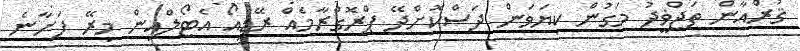
ޤުރްއާން ތަޖްޥީދު މަގުން ކިޔަވަން ދަސްކޮށްދޭ ޕްރޮގްރާމެއް ރޭޑިއޯ އެޓޯލްއިން މިރޭ ފަށާނެ